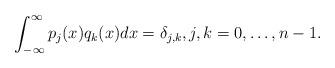
LaTeX: \begin{align*} \int_{-\infty}^{\infty} p_j(x) q_k(x) dx = \delta_{j,k}, j, k = 0, \ldots, n-1.\end{align*}